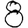
Digit: 8